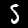
Digit: 5